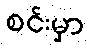
စင်းမှာ